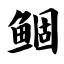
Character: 鲴